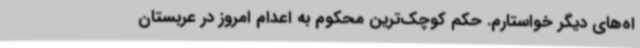
اه‌های دیگر خواستارم. حکم کوچک‌ترین محکوم به اعدام امروز در عربستان